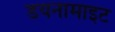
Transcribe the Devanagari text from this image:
डयनामाइट